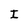
Character: I